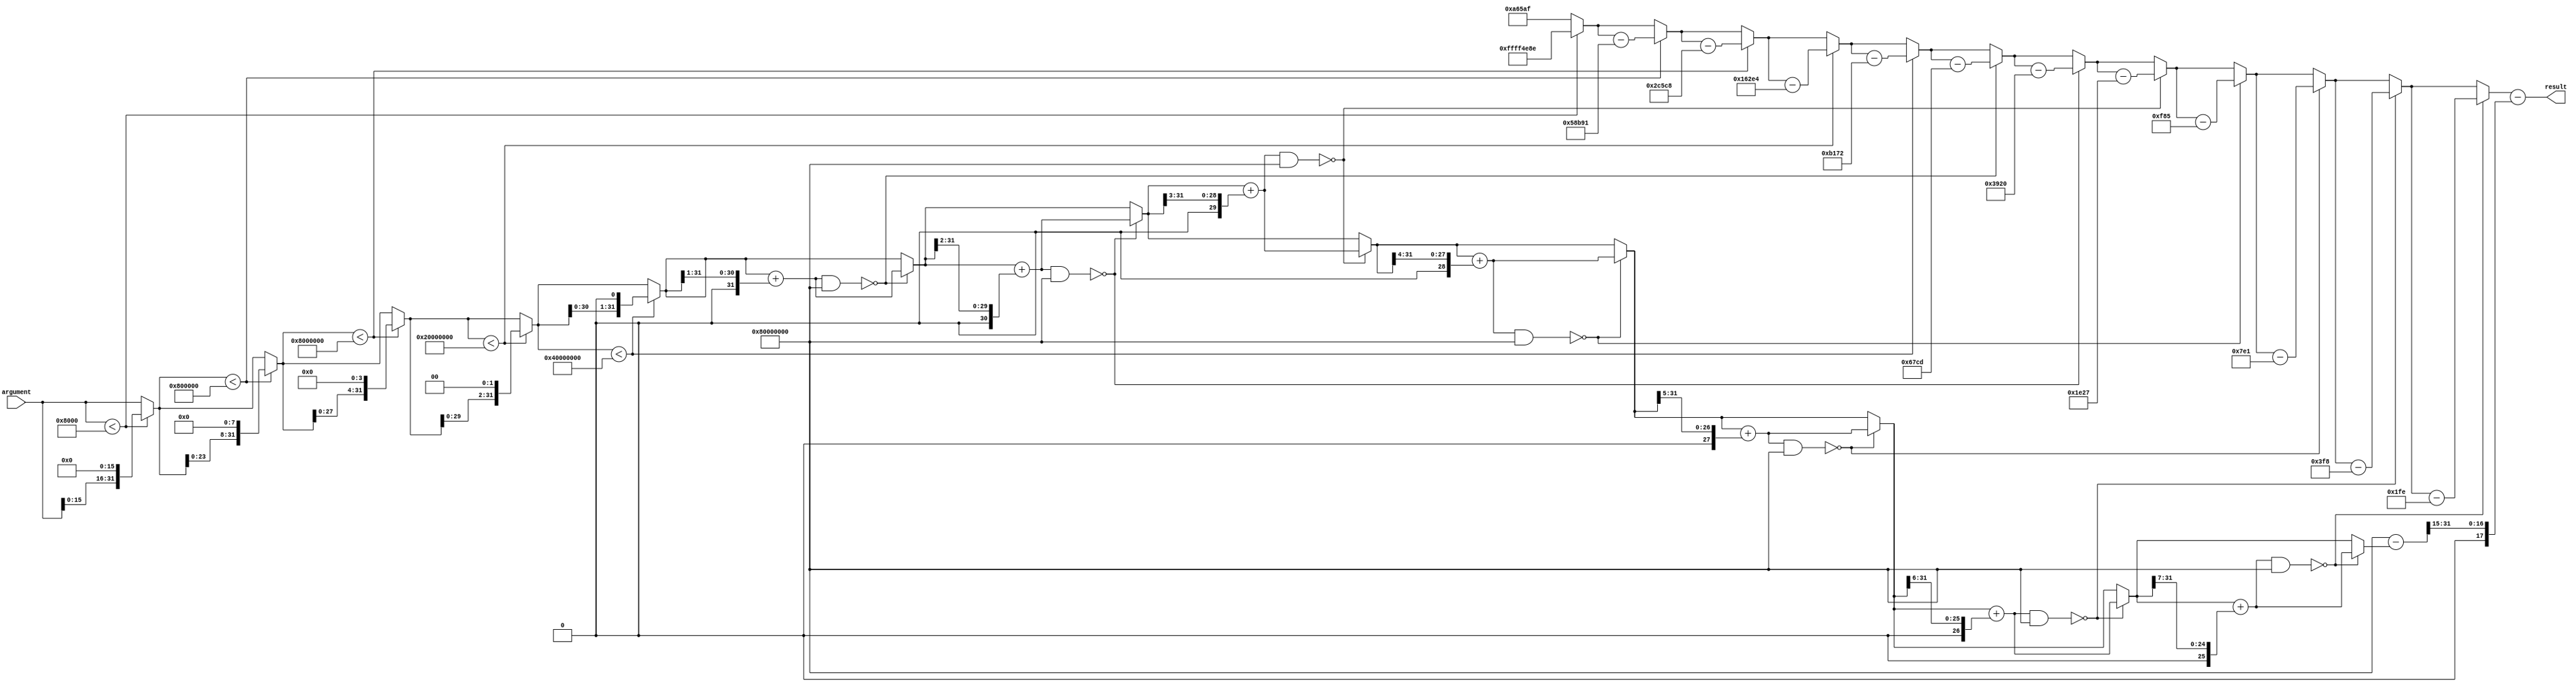
module fx_log(
	input [31 : 0] argument,
	output reg [31 : 0] result
);

integer y;
integer x;
integer t;

always @(*) begin

x = argument;
y = 32'ha65af;
 
if(x < 32'h00008000) begin
	x = x << 16;
	y = y - 32'hb1721;
end

if(x < 32'h00800000) begin
	x = x << 8;
	y = y - 32'h58b91;
end

if(x < 32'h08000000) begin
	x = x << 4;
	y = y - 32'h2c5c8;
end

if(x < 32'h20000000) begin
	x = x << 2;
	y = y - 32'h162e4;
end

if(x < 32'h40000000) begin
	x = x << 1;
	y = y - 32'h0b172;
end
	
t=x+(x>>1); if((t&32'h80000000)==0) begin x=t; y = y - 32'h067cd; end
t=x+(x>>2); if((t&32'h80000000)==0) begin x=t; y = y - 32'h03920; end
t=x+(x>>3); if((t&32'h80000000)==0) begin x=t; y = y - 32'h01e27; end
t=x+(x>>4); if((t&32'h80000000)==0) begin x=t; y = y - 32'h00f85; end
t=x+(x>>5); if((t&32'h80000000)==0) begin x=t; y = y - 32'h007e1; end
t=x+(x>>6); if((t&32'h80000000)==0) begin x=t; y = y - 32'h003f8; end
t=x+(x>>7); if((t&32'h80000000)==0) begin x=t; y = y - 32'h001fe; end

x = 32'h80000000-x;
y = y - (x >> 15);
result = y;
	
end

endmodule